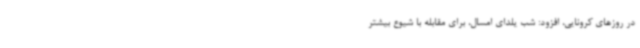
در روزهای کرونایی، افزود: شب یلدای امسال، برای مقابله با شیوع بیشتر